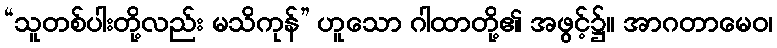
“သူတစ်ပါးတို့လည်း မသိကုန်” ဟူသော ဂါထာတို့၏ အဖွင့်၌။ အာဂတာမေဝ၊